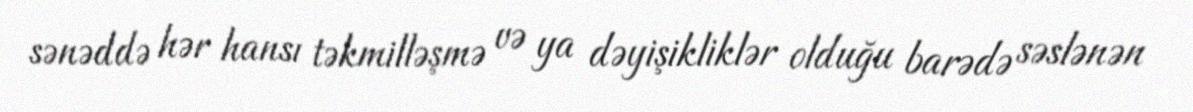
sənəddə hər hansı təkmilləşmə və ya dəyişikliklər olduğu barədə səslənən